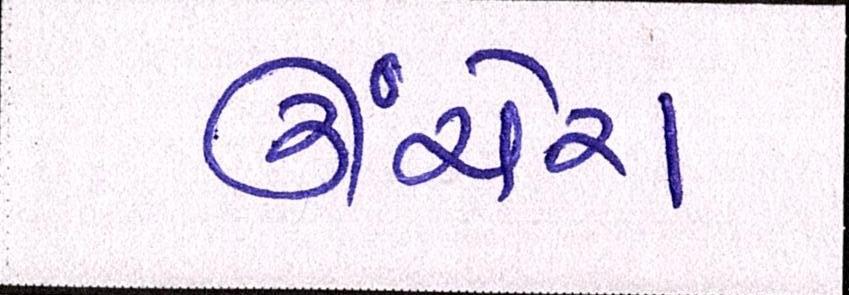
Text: ઊંચેરા